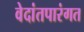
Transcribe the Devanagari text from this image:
वेदांतपारंगत